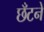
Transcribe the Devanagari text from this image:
छँटने